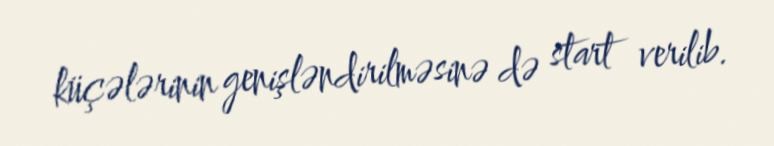
küçələrinin genişləndirilməsinə də start verilib.